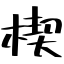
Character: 楔